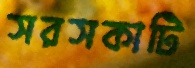
সরসকাটি